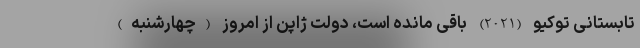
تابستانی توکیو (2021) باقی مانده است، دولت ژاپن از امروز (چهارشنبه)